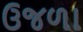
ઉજળા